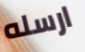
ارسله